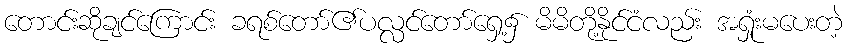
တောင်းဆိုချင်ကြောင်း ခရစ်တော်၏ပလ္လင်တော်ရှေ့၌ မိမိတို့နိုင်ငံလည်း အရှုံးမပေးတဲ့